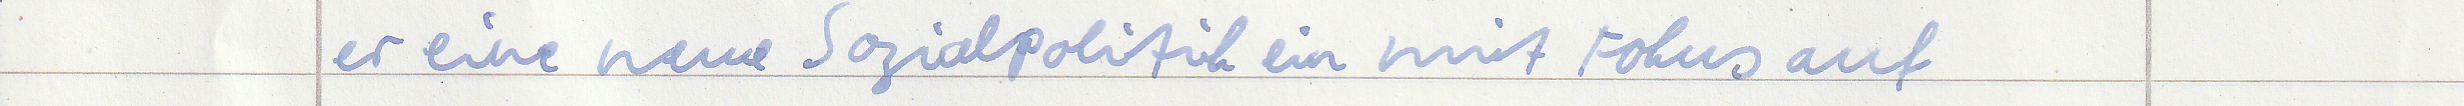
er eine neue Sozialpolitik ein mit Fokus auf